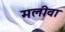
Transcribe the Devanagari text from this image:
मलीवा